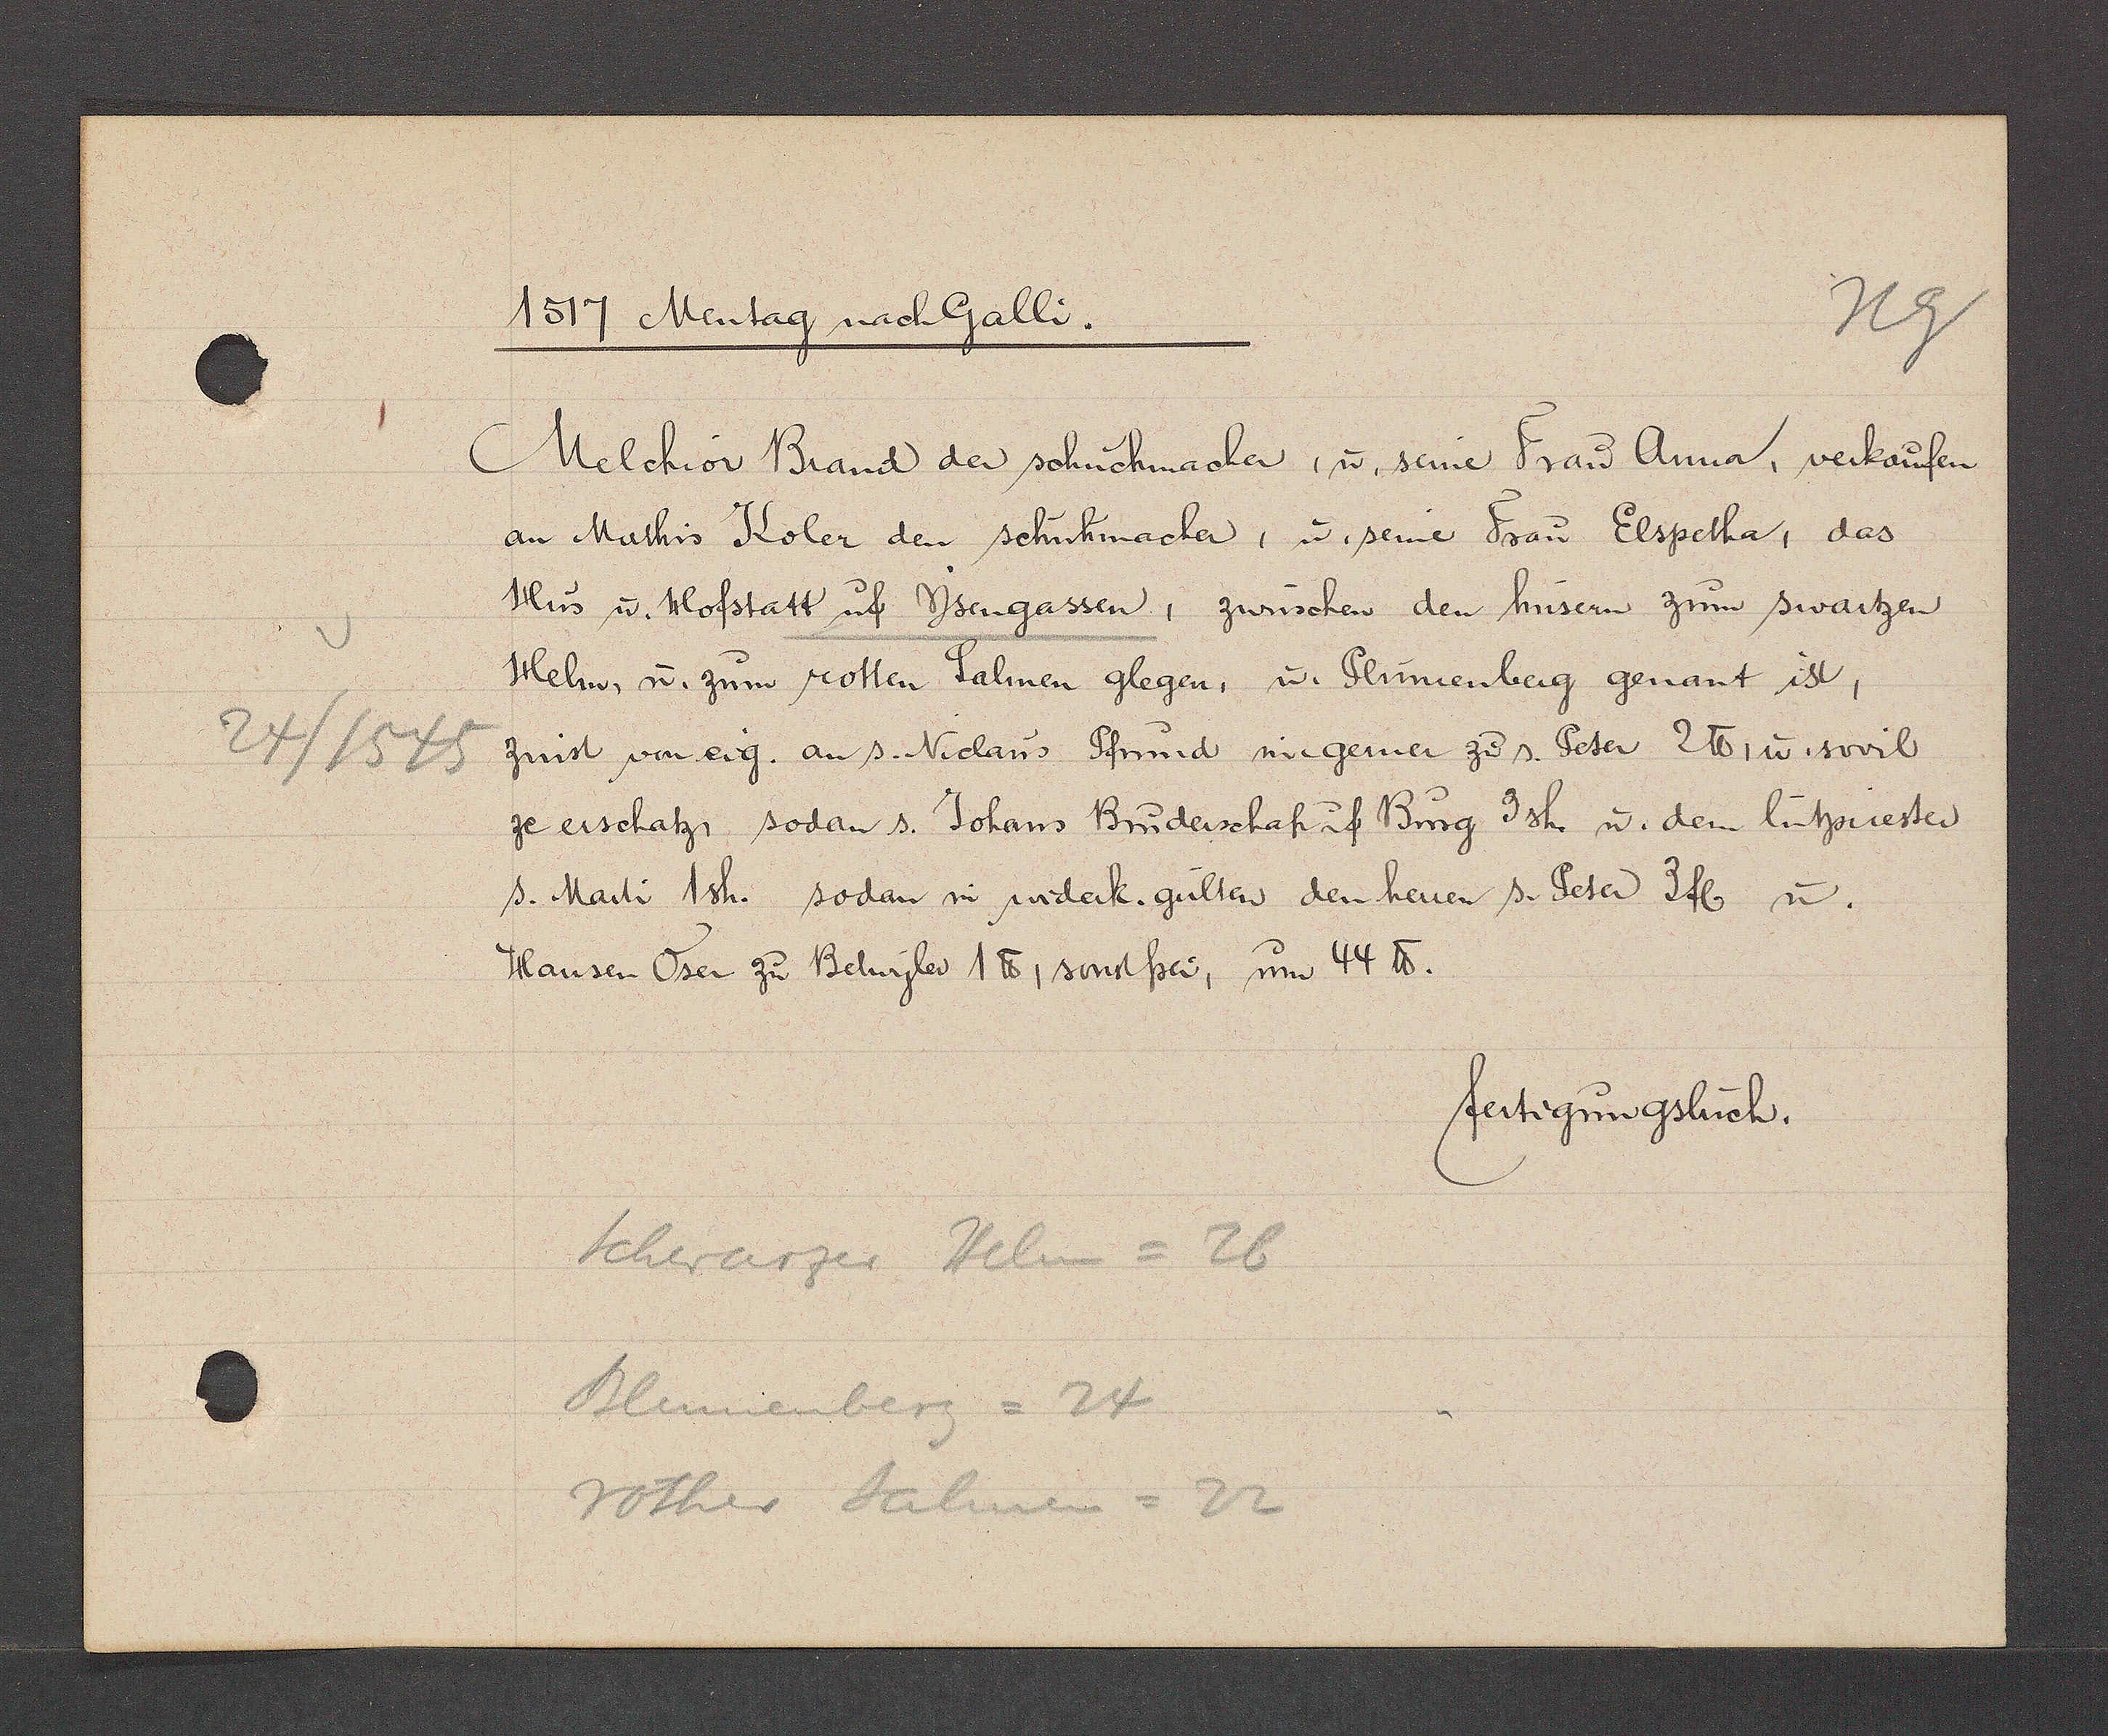
Transcript:
24/1545

1517 Mentag nach Galli.
Melchior Brand der schuchmacher, u. seine Frau Anna, verkaufen
an Mathis Koler den schuhmacher, u. seine Frau Elspetha, das
Hus u. Hofstatt uf Ysengassen, zwüschen den husern zum swartzen
Helm, u. zum rotten Salmen glegen, u. Plümenberg genant ist,
Zinst voneig. an s. Niclaus pfrund im gerner zu s. Peter 2 ℔, u. sovil
ze erschatz. sodan s. Johans Brüderschaft if Bürg 9 sh. u. dem lützmester
s. Marti 1sh. sodan in widerk. gulten den herren S. Peter 3fl u.
Hansen Oser zu Betwyler 1 ℔, sonstfrei, um 44 ℔.
feitigungsluch.
Schwarzer Helm = 26
Kleinienberz= 2
sother Salmen= D